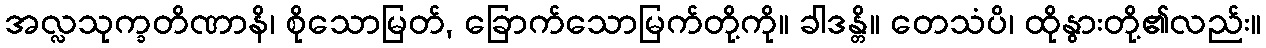
အလ္လသုက္ခတိဏာနိ၊ စိုသောမြတ်, ခြောက်သောမြက်တို့ကို။ ခါဒန္တိ။ တေသံပိ၊ ထိုနွားတို့၏လည်း။